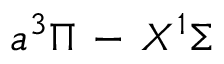
a ^ { 3 } \Pi \, - \, X ^ { 1 } \Sigma